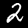
Label: 2